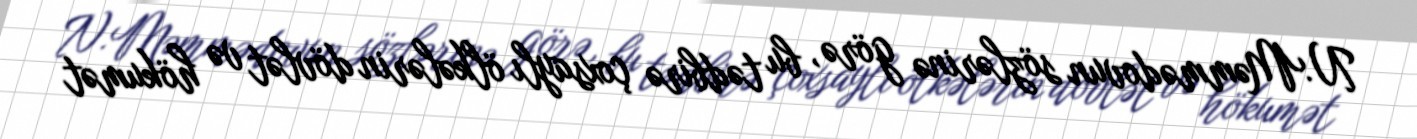
N.Məmmədovun sözlərinə görə, bu tədbirə çoxsaylı ölkələrin dövlət və hökumət